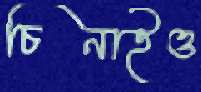
চিনাইও